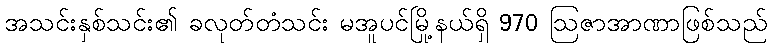
အသင်းနှစ်သင်း၏ ခလုတ်တံသင်း မအူပင်မြို့နယ်ရှိ 970 ဩဇာအာဏာဖြစ်သည်